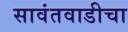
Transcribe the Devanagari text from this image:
सावंतवाडीचा